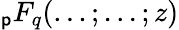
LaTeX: _{\mathsf{p}}F_{q}(...;...;z)